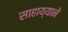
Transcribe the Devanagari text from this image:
साहाय्यानें